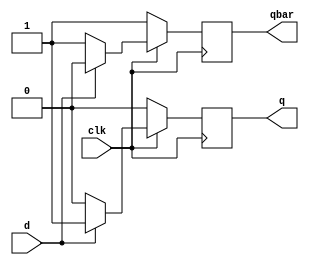
`timescale 1ns / 1ps
//////////////////////////////////////////////////////////////////////////////////
// Company: 
// Engineer: 
// 
// Design Name: 
// Module Name:    d_ff 
// Project Name: 
// Target Devices: 
// Tool versions: 
// Description: 
//
// Dependencies: 
//
// Revision: 
// Revision 0.01 - File Created
// Additional Comments: 
//
//////////////////////////////////////////////////////////////////////////////////
module d_ff(
    input d,clk,
    output reg q,qbar
    );
always@(posedge clk)
begin
q=1'b0; qbar=1'b1;

if(clk==1) begin
if(d==0) begin
q=1'b0; qbar=1'b1; end
else if(d==1) begin
q=1'b1; qbar=1'b0; end
end

if(clk==0) begin
q=q; qbar=qbar; end

end

endmodule